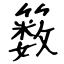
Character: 䉤